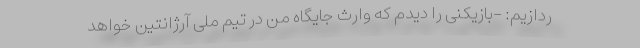
ردازیم: -بازیکنی را دیدم که وارث جایگاه من در تیم ملی آرژانتین خواهد